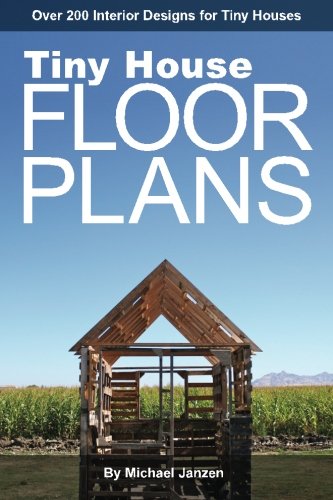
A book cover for Tiny House Floor Plans: Over 200 Interior Designs for Tiny Houses; Michael Janzen; Crafts, Hobbies & Home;